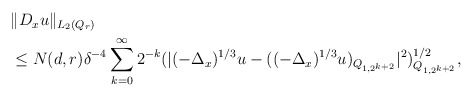
\begin{align*}\begin{aligned} &\| D_x u \|_{ L_2 (Q_r)} \\ &\leq N (d, r) \delta^{-4} \sum_{k = 0}^{\infty} 2^{-k} (|(-\Delta_x)^{1/3} u - ((-\Delta_x)^{1/3} u)_{ Q_{1, 2^{k +2} } }|^2)_{ Q_{1, 2^{k+2}}}^{ 1/2 }, \end{aligned} \end{align*}